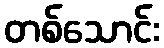
တစ်သောင်း